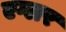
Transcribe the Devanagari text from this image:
एग्लर